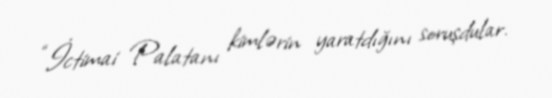
“İctimai Palatanı kimlərin yaratdığını soruşdular.